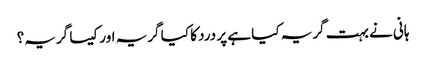
ہانی نے بہت گریہ کیا ہے پر درد کا کیا گریہ اور کیسا گریہ؟